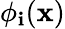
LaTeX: {\phi}_{\mathbf{i}}(\mathbf{{x}})